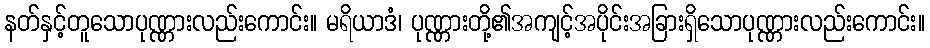
နတ်နှင့်တူသောပုဏ္ဏားလည်းကောင်း။ မရိယာဒံ၊ ပုဏ္ဏားတို့၏အကျင့်အပိုင်းအခြားရှိသောပုဏ္ဏားလည်းကောင်း။